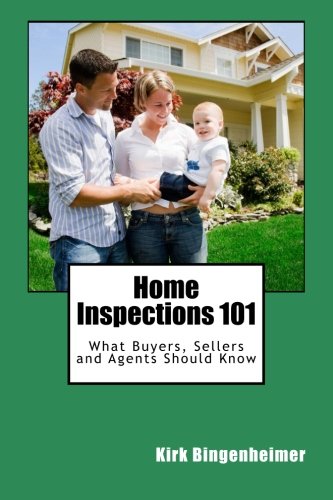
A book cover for Home Inspections 101: What Buyers, Sellers and Agents Should Know; Kirk Bingenheimer; Business & Money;